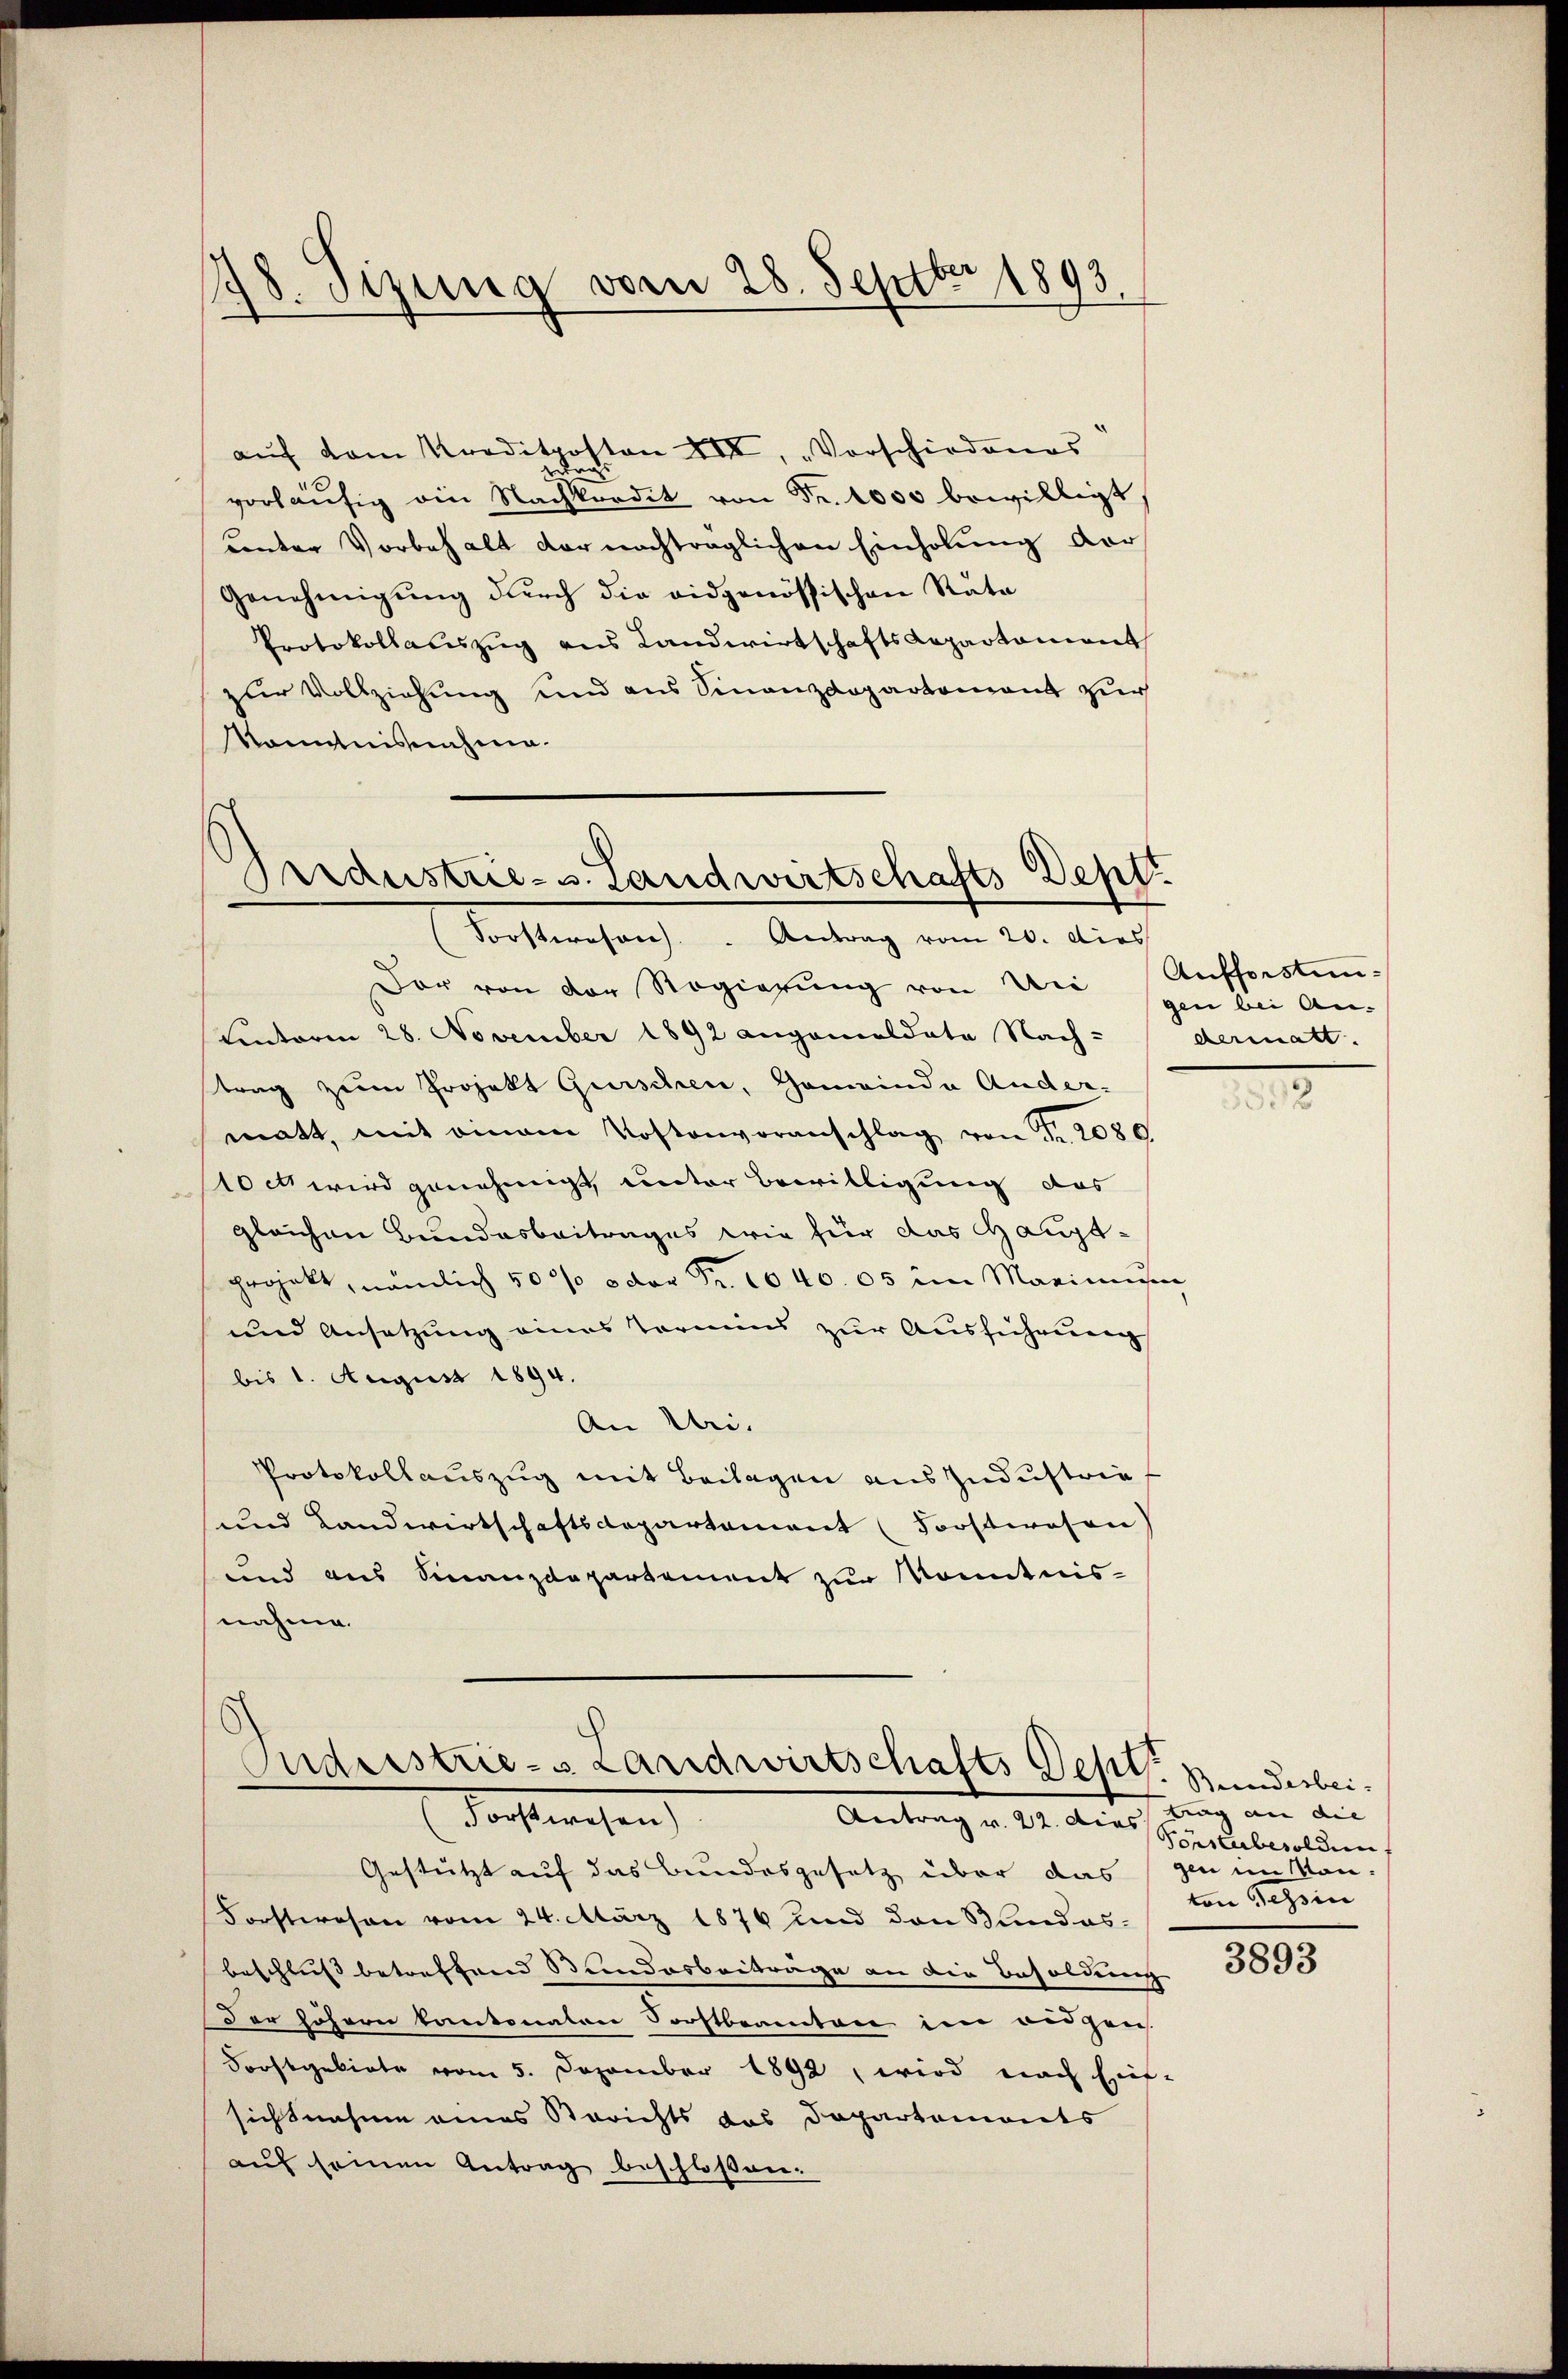
98. Sizung vom 28. Septbr 1893

aŭf vom Kreditposton VII, „Vorschiedenes
daus
vorläŭfig ain Nachkoordit von Fr. 1000 bewilligt.
unter Vorbehalt der nachträglichen Einholung vor¬
Genehmigung durch die eidgenössischen Rata
Protokollauszug aus Landwirtschafts Repartament
zur Vollziehung und aus Sinanzdepartement zur
kanntnisnahme.

Andustrie-S. Landwirtschafts-Deptt
Sorsteresen. " Antrag vom 20. dies

Der von der Regierŭng von Uri Aufforsten-
Kintoren 28. November 1892 angemeldete Nach- dermatt.
trag zum Projekt Gurschen, Gemeinde Ander-
matt, mit einem Kostenvoranschlag von Fr. 2080
loct wird genehmigt, unter Bewilligung des
gleichen Bundesbeitrages wie für das Hauptprojekt, nämlich 500 oder Fr. 1040. 05 im Marinne
und Ansetzung eines Termins zur Ausführung
bis 1. August 1894.
An Uri.
Protokollauszug mit Beilagen aus Industrie
und Landwirtschaftsdepartement (Forstwesen)
und aus Sinanzdepartement zur Kenntnis-
nahme.

Onderstrie-s Landwirtschafts Dept. Bunderbei-
doch wesen
Antrag v. 22. die Stabesolden,

Gestützt auf das Bundesgesetz über das zu im Mon¬
Forstwesen vom 24. März 1876 und den Mandas-
beschluß betreffend Bundesbeiträge an die Besoldung
Der höhern kantonaten Vorstbeamten im ausgen
Forstgebiete vom 5. Dezember 1892 wird nach Ein-
sichtnahme eines Berichts das Departements
auf seinen Antrag beschloßen.

gen bei An-

.

trag an die
von Segen

3893